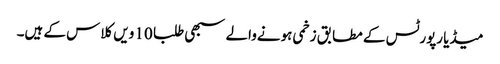
میڈیا رپورٹس کے مطابق زخمی ہونےوالے سبھی طلبا 10 ویں کلاس کے ہیں۔